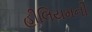
હીલિયમની